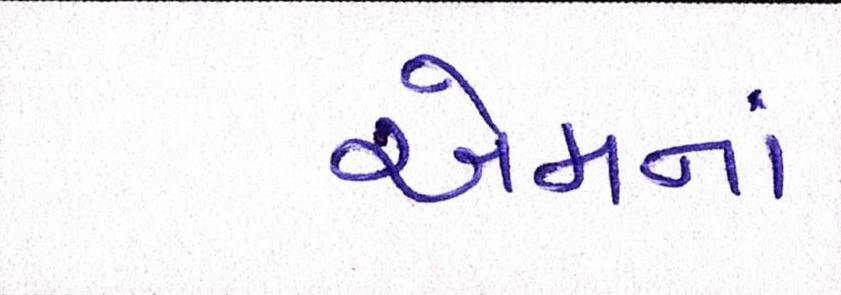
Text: એમનાં